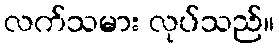
လက်သမား လုပ်သည်။